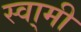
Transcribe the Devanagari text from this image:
स्वा्मी